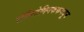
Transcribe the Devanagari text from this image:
पॉलिटेक्निककमधून